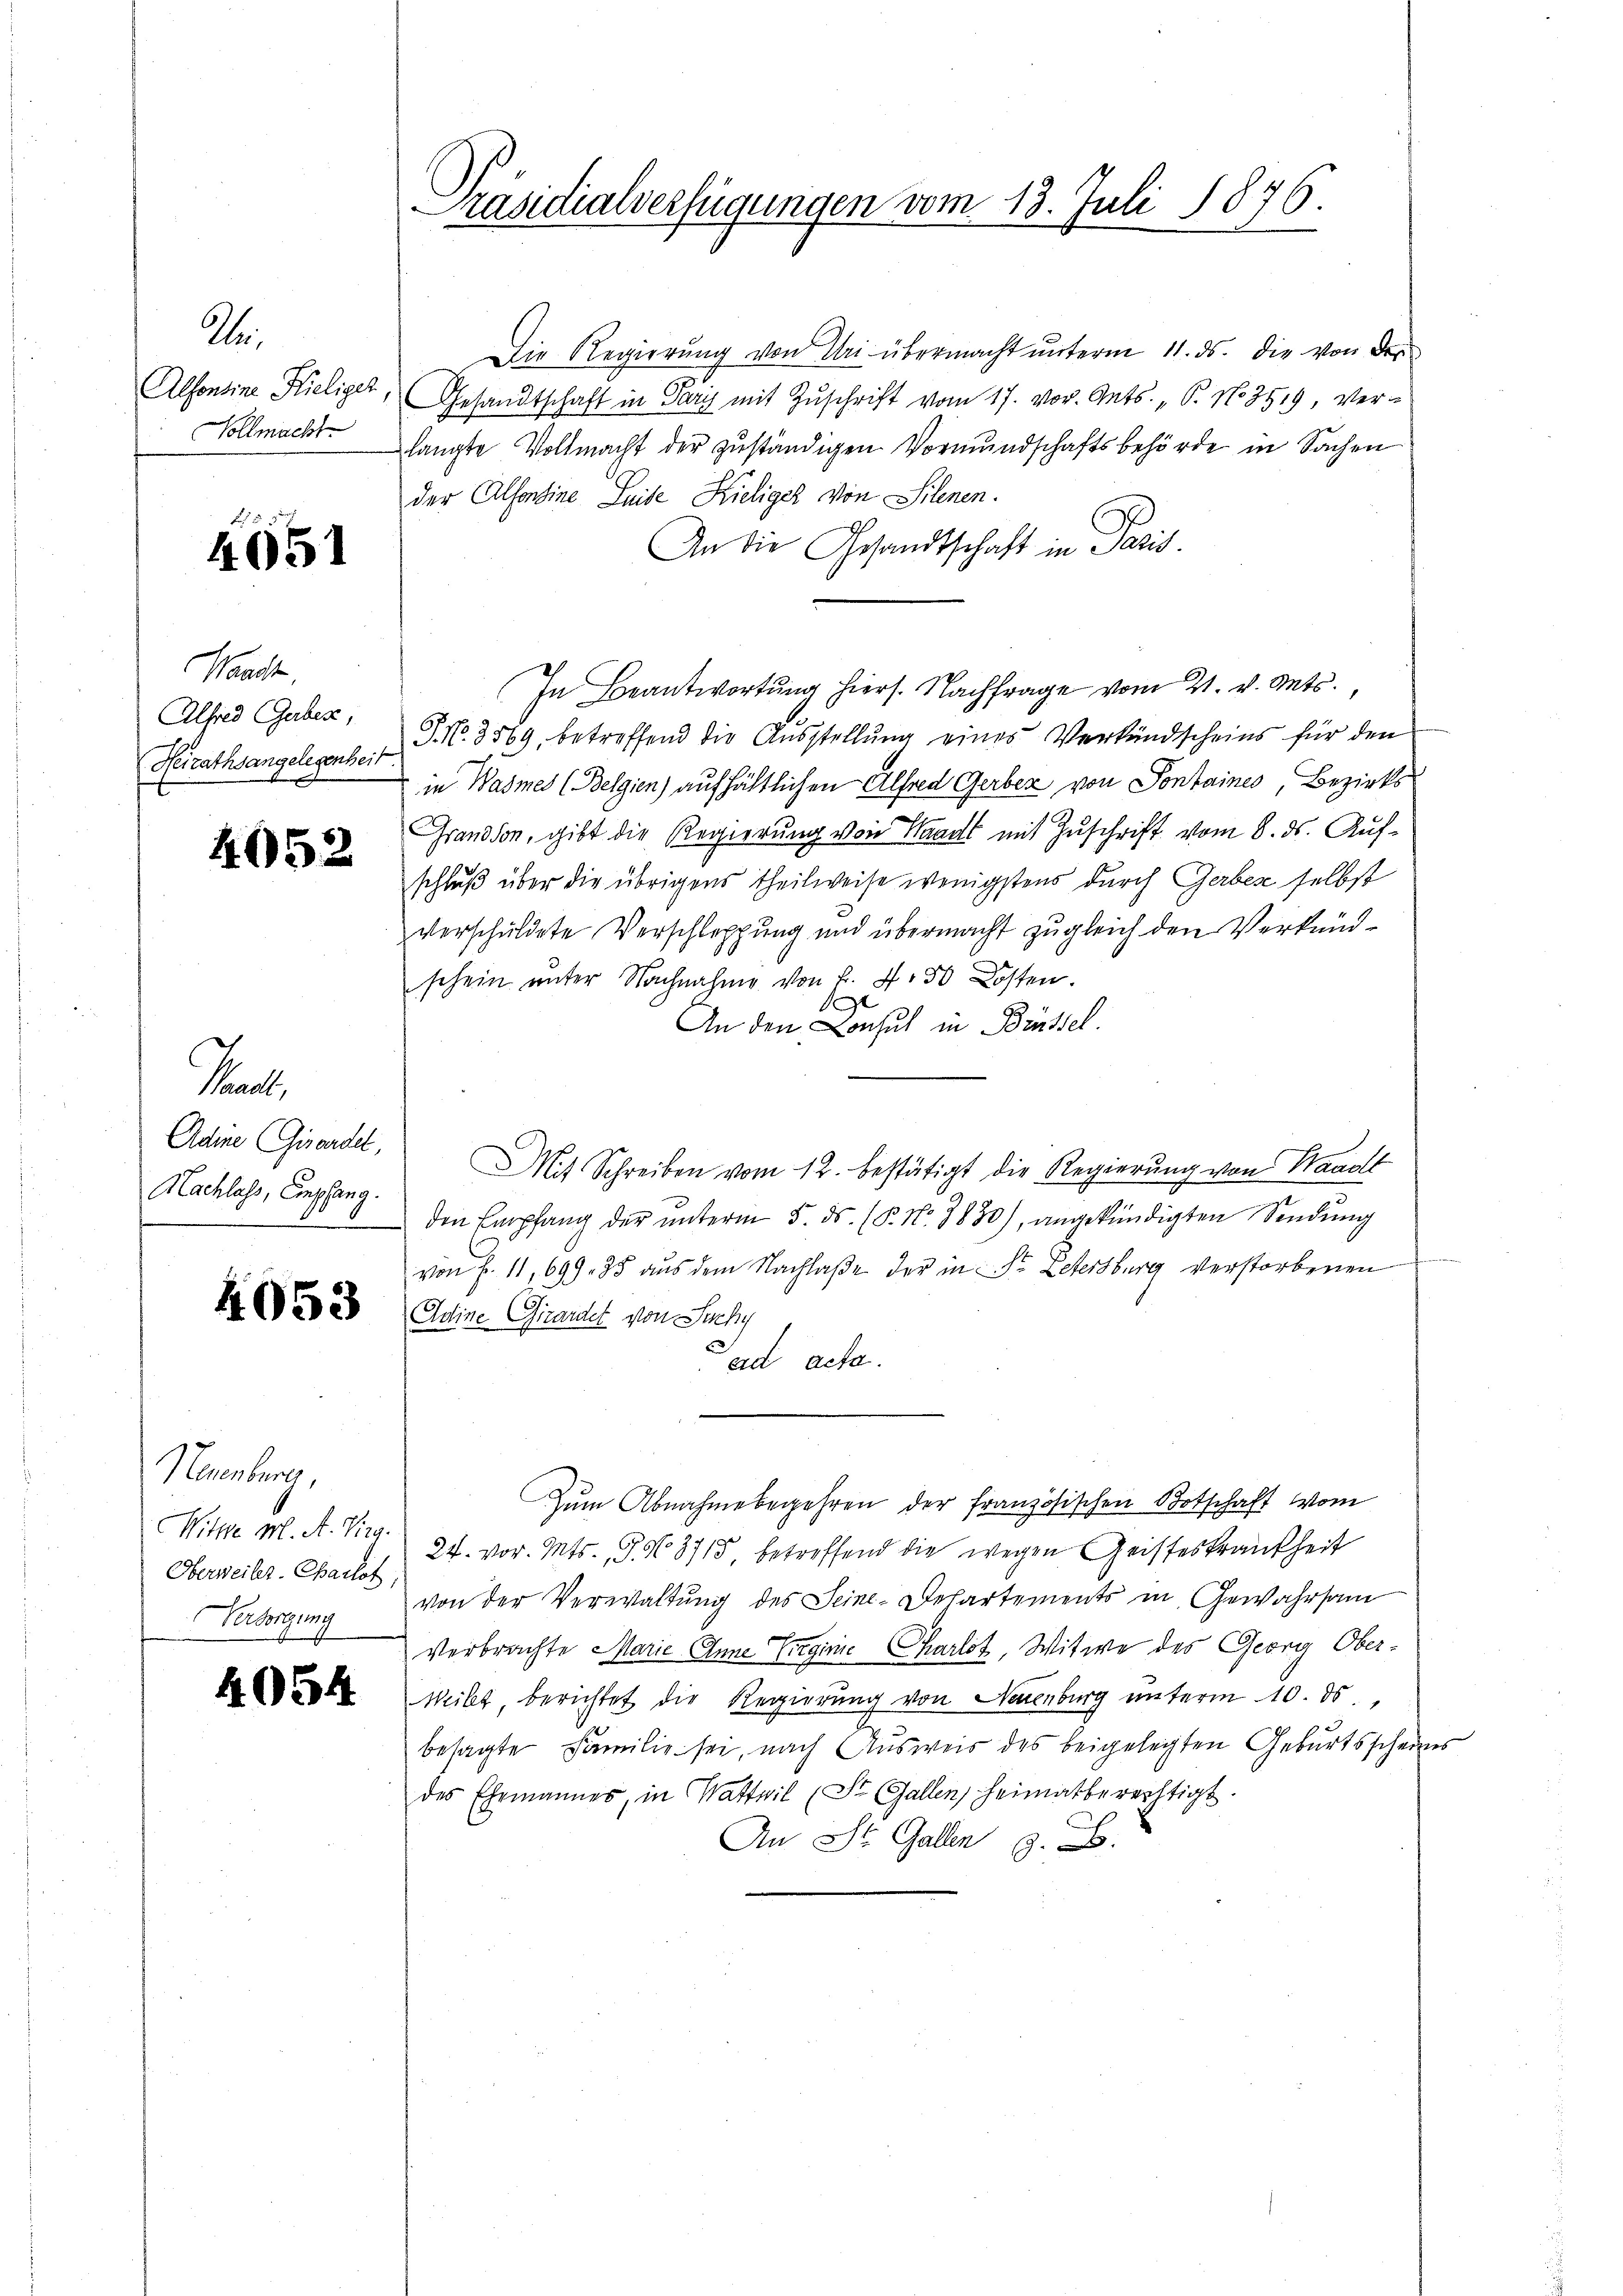
A.
Alfonsine Hieliger
Vollmacht.

4951

Waadt,
Alfred Gerbes,
Heirathsangelegenheit.

4052

Pact
Nachlass, Empfang.

4053

Neuenburg,
Witte M. A. Virg.
Oberweiler. Charlof,
Versorgung

4054

Präsidialverfügungen vom 13. Juli 1876.

Die Regierŭng von Uri übermacht ŭnterm 11. ds. die von der
Gesandtschaft in Paris mit Zuschrift vom 17. vor. Ants. „ P. No. 3519, verlangte Vollmacht der zuständigen Vormundschaftsbehörde in Sachen
der Alfonsine Seite Kieliger von Silenen.
An die Gesandtschaft in Paris.
In Beantwortung hiers. Nachfrage vom 21. v. Mts.,
J No. 3569, betreffend die Ausstellung eines Verkündscheins für den
in Wasmes (Belgien) aufhältlichen Alfred Gerben von Sontaines, Bezirks
Grandson, gibt die Regierung von Waadt mit Zuschrift vom 8. ds. Aufschluß über die übrigens Theilweise wenigstens durch Gerbes selbst
verschuldete Verschleppung und übermacht zugleich den Verkündschein unter Nachnahme von f. 750 Kosten.
e
An den Consuch in Brüssel.
Adine Girardel, Mit Schreiben vom 12. bestätigt die Regierung von Standt
den Empfang der unterm 5. ds. (§. No. 1830), angekündigten Sendung
von Fr. 11, 699. 35 aus dem Nachlaße der in Sr. Letersburg verstorbenen
Adine Girardet von Sichy
ad acta.
Zum Abnahmebegehren der französischen Botschaft vom
24. vor. Mts. S. No. 3715 betreffend die wegen Geisteskrankheit
von der Verwaltung des Seine-Dehartements in Gewahrsam
Verbrachte Marie Anne Virginie Charlot, Witwe des Georg Ober-
Weibe, berichtet die Regierung von Neuenburg unterm 10. ds.
besagte Familie sei, nach Ausweis des beigelegten Geburtsscheins
des Ehemannes, in Wattwil (St. Gallen, Heimatberechtigt.
An St. Gallen z. B.